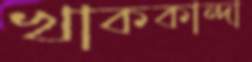
খাককান্দা